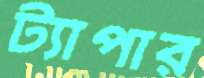
ট্যাপার